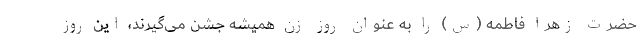
حضرت زهرا فاطمه (س) را به عنوان روز زن همیشه جشن می‌گیرند، این روز